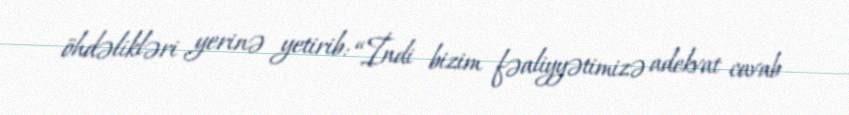
öhdəlikləri yerinə yetirib: “İndi bizim fəaliyyətimizə adekvat cavab